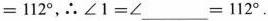
= 1 1 2 °$$，∴$$∠ 1 = ∠ ___ = 1 1 2 °$$.